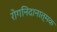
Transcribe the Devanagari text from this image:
रोगनिदानात्मक